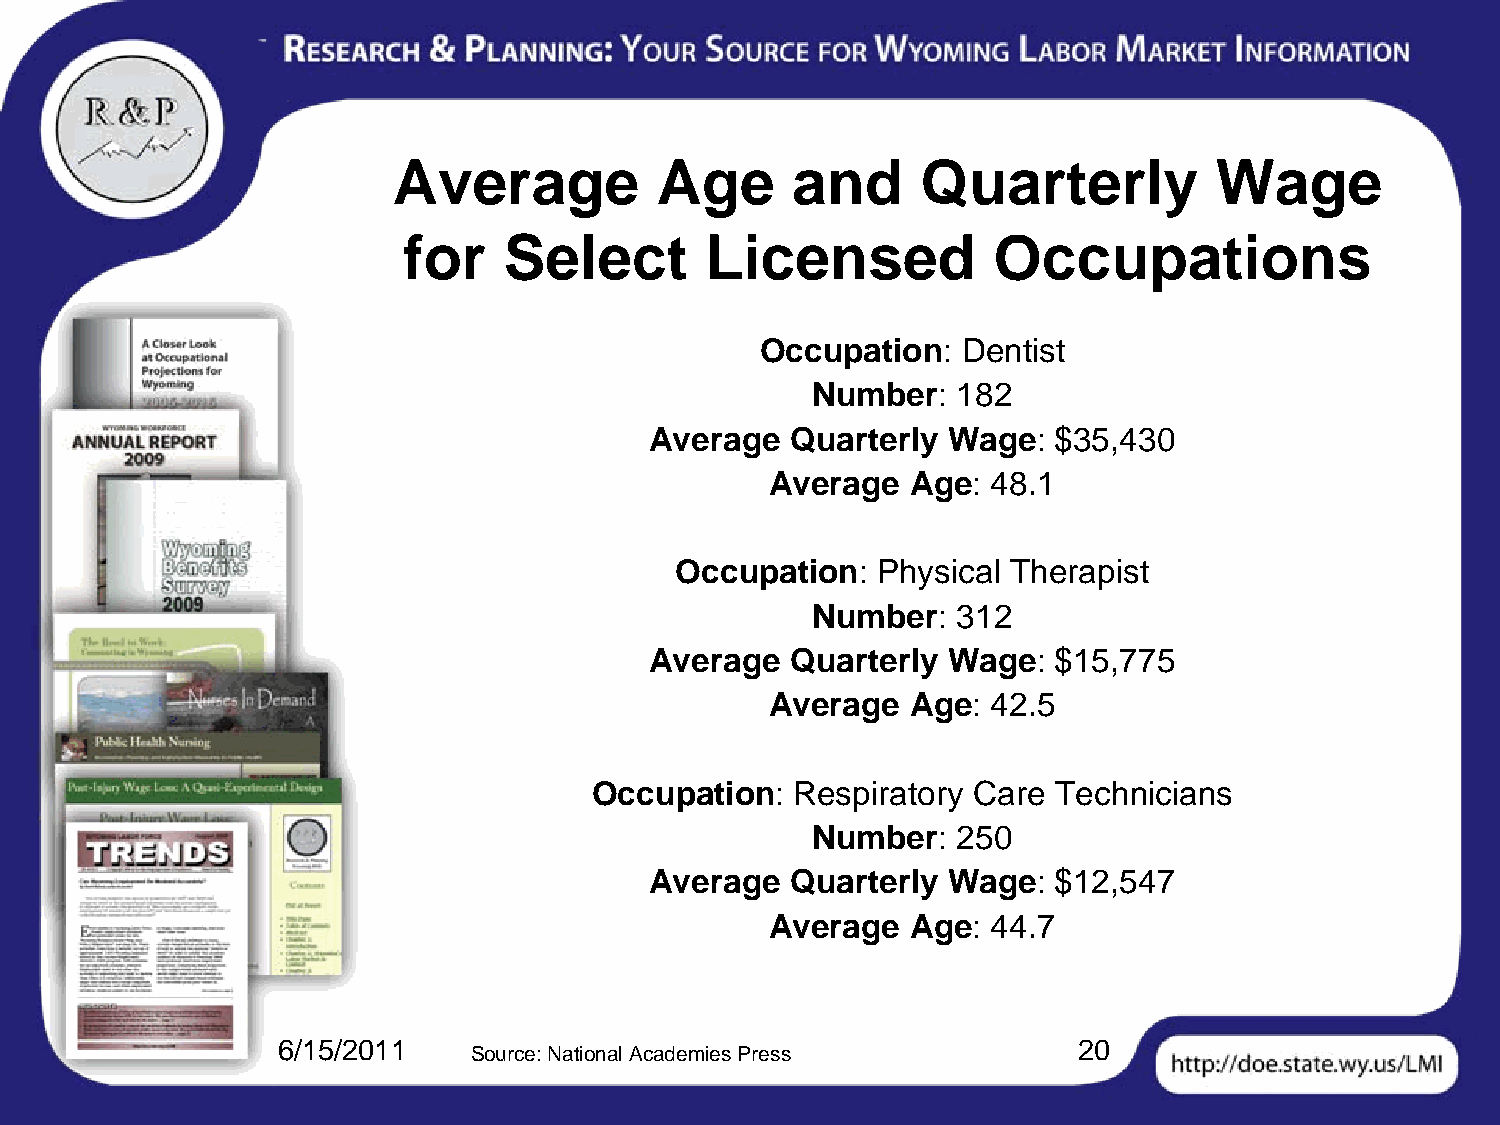
Average          Age      and      Quarterly          Wage
 for   Select        Licensed           Occupations
 Occupation:   Dentist
 Number:  182
 Average  Quarterly  Wage:  $35,430
 Average  Age:  48.1
 Occupation:  Physical Therapist
 Number:  312
 Average  Quarterly  Wage:  $15,775
 Average  Age:  42.5
 Occupation:   Respiratory Care Technicians
 Number:  250
 Average  Quarterly  Wage:  $12,547
 Average  Age:  44.7
 6/15/2011                                            20
 Source: National Academies Press